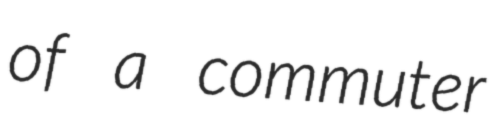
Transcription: of a commuter